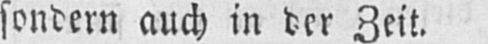
sondern auch in der Zeit.